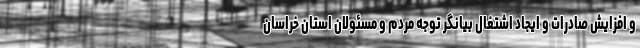
و افزایش صادرات و ایجاد اشتغال بیانگر توجه مردم و مسئولان استان خراسان